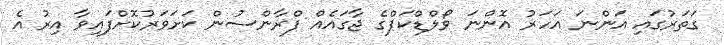
ގަތަރުގައި އަންނަ އަހަރު އޮންނަ ވޯލްޑްކަޕްގެ ޖާގައެއް ފްރާންސުން ކަށަވަރުކޮށްފައިވާ އިރު އެ